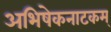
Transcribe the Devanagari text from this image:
अभिषेकनाटकम्